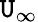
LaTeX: \mathtt{U}_{\infty}